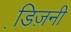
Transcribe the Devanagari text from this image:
डि़ज़नी